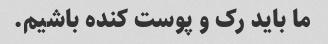
ما باید رک و پوست کنده باشیم.